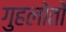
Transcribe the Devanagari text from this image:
गुहलोतों